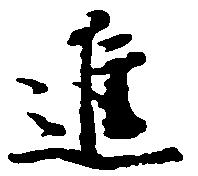
進